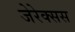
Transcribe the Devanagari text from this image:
जेरेक्सस